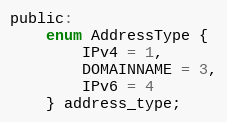
Language: C
public:
    enum AddressType {
        IPv4 = 1,
        DOMAINNAME = 3,
        IPv6 = 4
    } address_type;